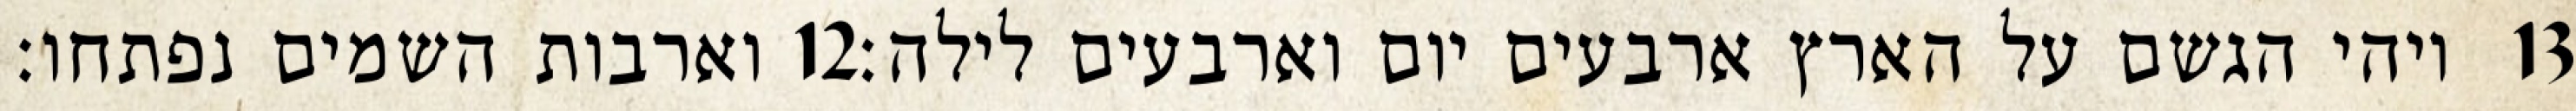
וארבות השמים נפתחו׃ ‎12‏ ויהי הגשם על הארץ ארבעים יום וארבעים לילה׃ ‎13‏